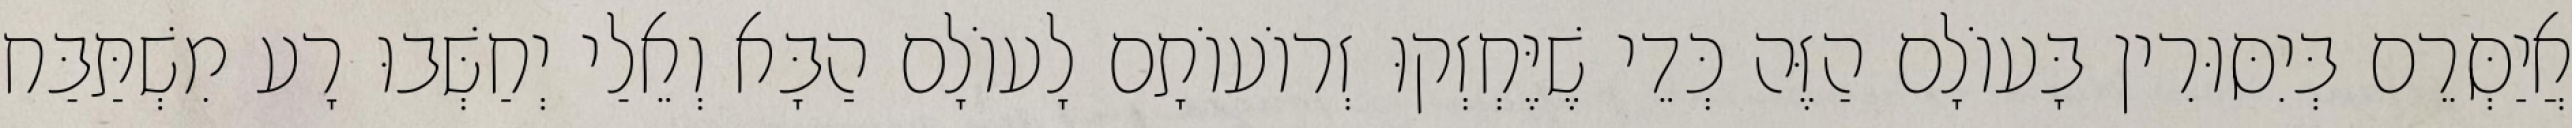
אֲיַסְּרֵם בְּיִסּוּרִין בָּעוֹלָם הַזֶּה כְּדֵי שֶׁיֶּחְזְקוּ זְרוֹעוֹתָם לָעוֹלָם הַבָּא וְאֵלַי יְחַשְּׁבוּ רָע מִשְׁתַּבַּח